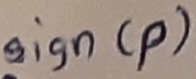
Text: sign(p)